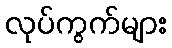
လုပ်ကွက်များ